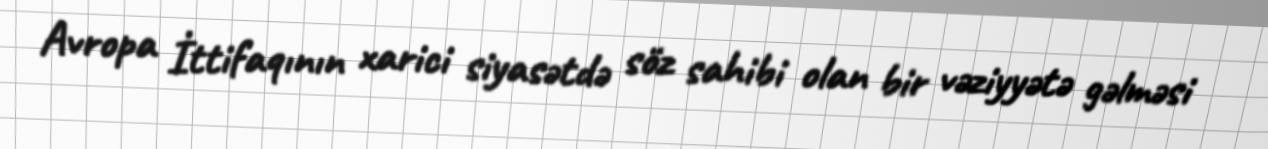
Avropa İttifaqının xarici siyasətdə söz sahibi olan bir vəziyyətə gəlməsi